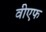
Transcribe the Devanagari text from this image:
वीएफ